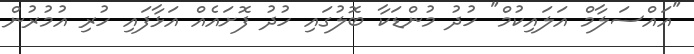
"އައްސަލާމް އަލައިކުމް" ހުދު މުންޑަކާ ބޮލުގައި ހުދު ފޮށައެއް އަޅާފައި ހުރި އުމުރުން